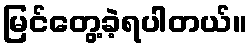
မြင်တွေ့ခဲ့ရပါတယ်။